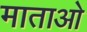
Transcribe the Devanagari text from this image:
माताओ